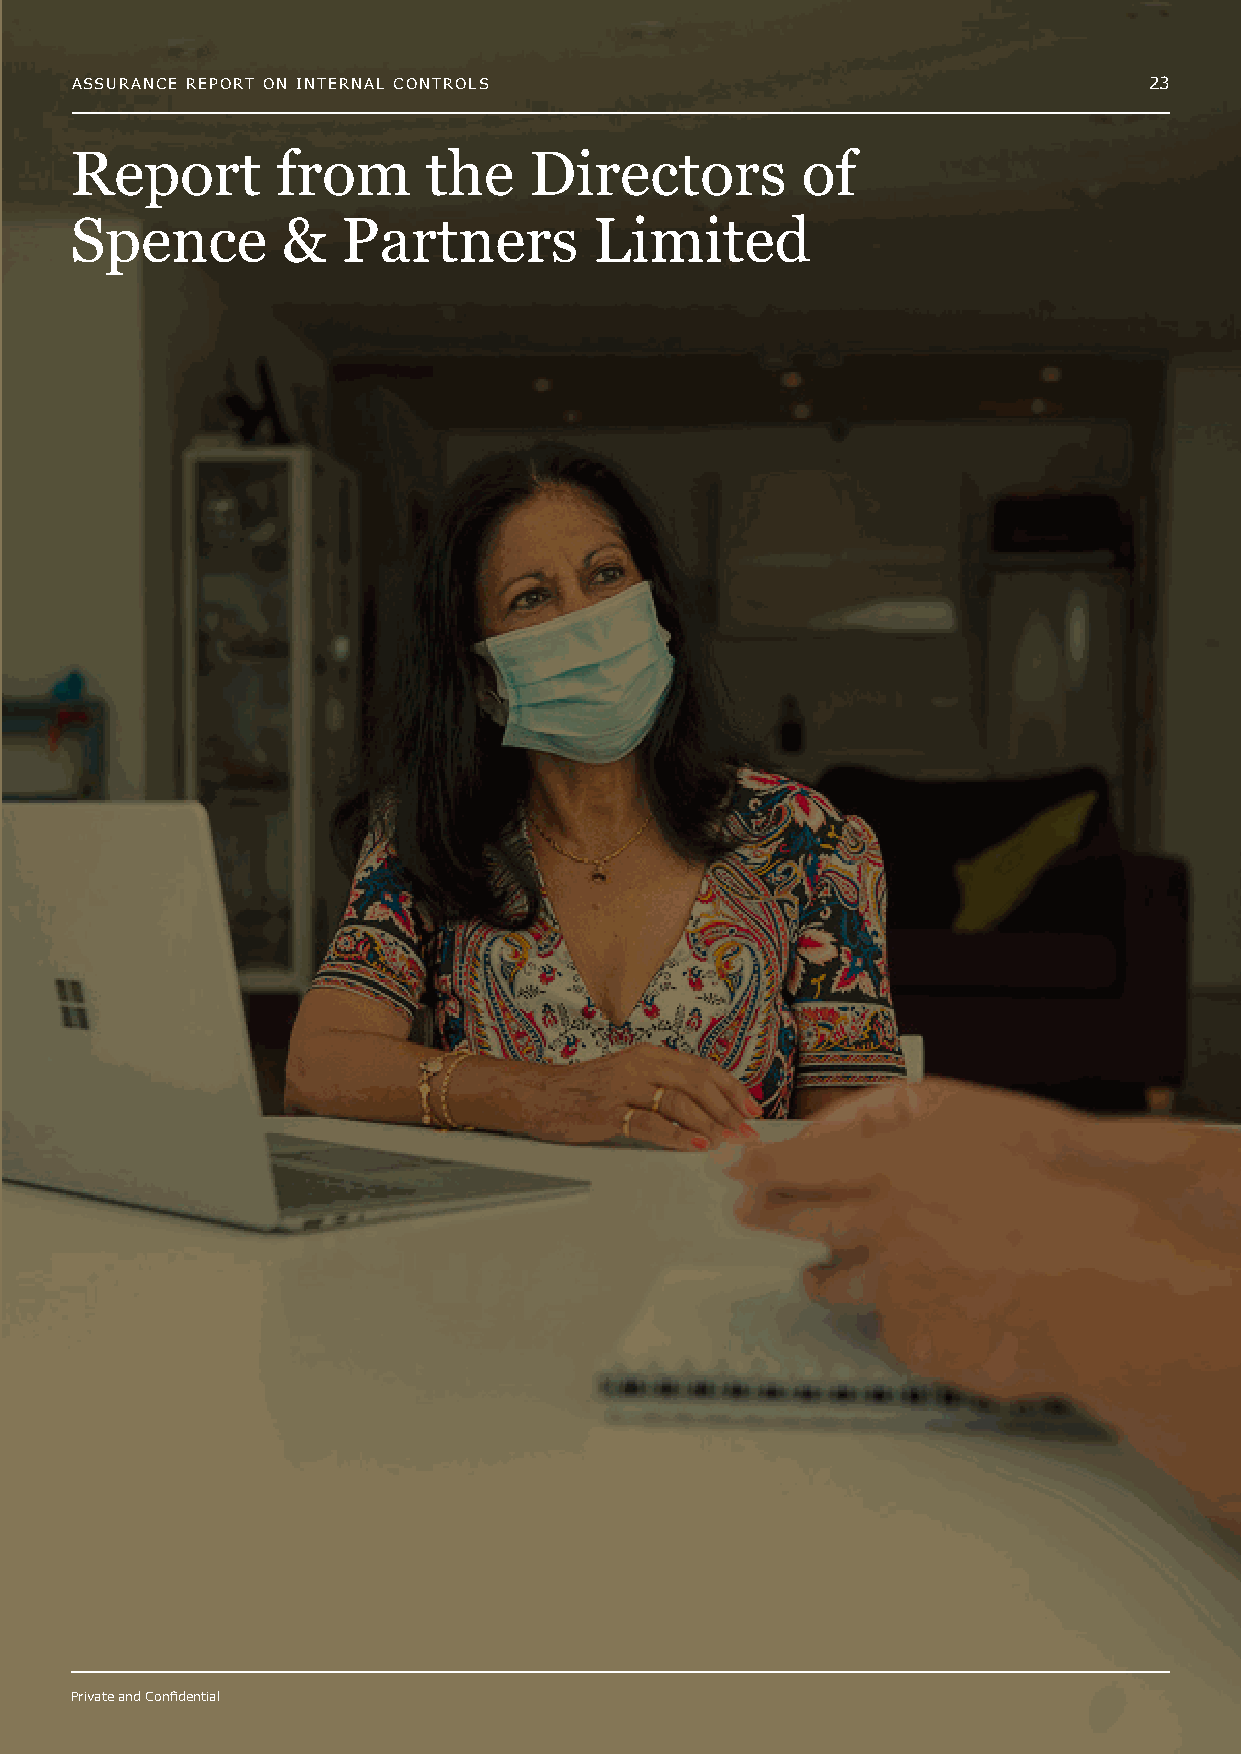
ASSURANCE REPORT ON INTERNAL CONTROLS                                  23
 Report       from      the    Directors         of
 Spence        &   Partners        Limited
 Private and Confidential